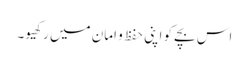
اس بچے کو اپنی حفظ و امان میں رکھیو۔